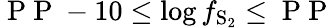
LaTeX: \mathrm{~P~P~}-10\le\log f_{\mathrm{S_{2}}}\le\mathrm{~P~P~}